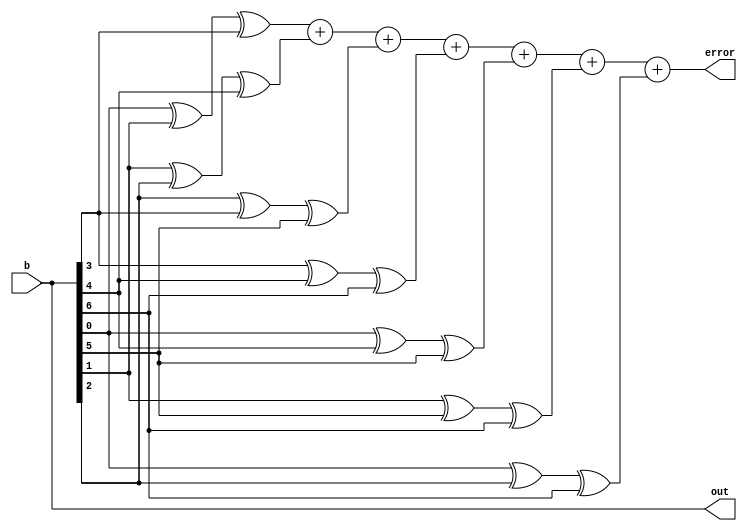
module echeck(b,out,error);
input [7:1]b;
output [7:1]out;
output error;
reg e1;
reg [7:1]out1;
always@(b)
begin
e1<=(b[1]^b[2]^b[4])+(b[2]^b[3]^b[5])+(b[3]^b[4]^b[6])+(b[4]^b[5]^b[7])+(b[1]^b[5]^b[6])+(b[2]^b[6]^b[7])+(b[1]^b[3]^b[7]);

if(e1==0)
begin 
 out1<=b;
end
else
begin
out1<=b;
end
end
assign error=e1;
assign out=out1;

endmodule